Civil Veterinary Department Bihar & Orissa reports 1929-36 - 1929-1936
Year: 1929
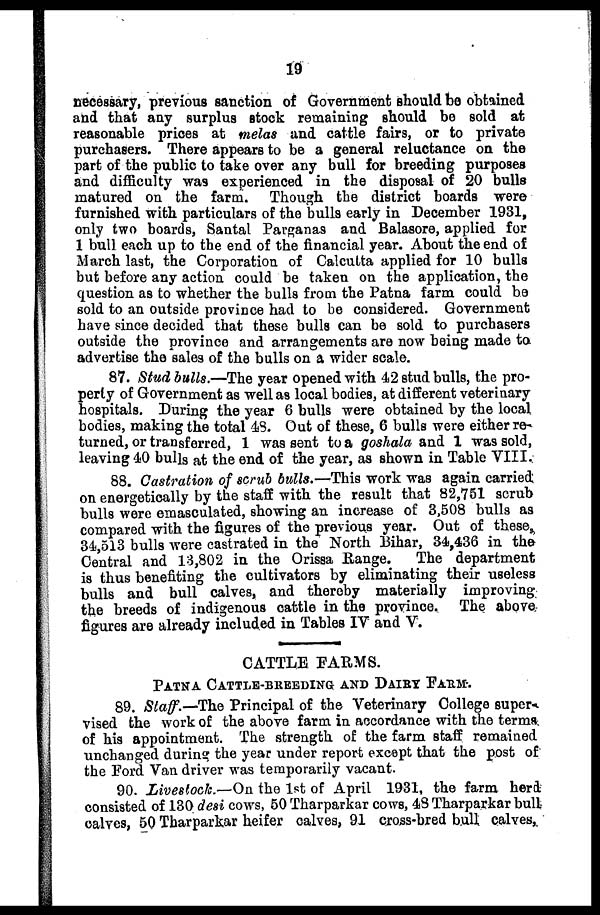
19
necessary, previous sanction of Government should be obtained
and that any surplus stock remaining should be sold at
reasonable prices at melas and cattle fairs, or to private
purchasers. There appears to be a general reluctance on the
part of the public to take over any bull for breeding purposes
and difficulty wa9 experienced in the disposal of 20 bulls
matured on the farm. Though the district boards were
furnished with particulars of the bulls early in December 1931,
only two boards, Santal Parganas and Balasore, applied for
1 bull each up to the end of the financial year. About the end of
March last, the Corporation of Calcutta applied for 10 bulls
but before any action could be taken on the application, the
question as to whether the bulla from the Patna farm could be
sold to an outside province had to be considered. Government
have since decided that these bulls can be sold to purchasers
outside the province and arrangements are now being made to
advertise the sales of the bulls on a wider scale.
87. Stud bulls.—The year opened with 42 stud bulls, the pro-
perty of Government as well as local bodies, at different veterinary
hospitals. During the year 6 bulls were obtained by the local
bodies, making the total 48. Out of these, 6 bulls were either re-
turned, or transferred, 1 was sent to a goshala and 1 was sold,
leaving 40 bulls at the end of the year, as shown in Table VIII.
88. Castration of scrub bulls.—This work was again carried
on energetically by the staff with the result that 82,751 scrub
bulls were emasculated, showing an increase of 3,508 bulls as
compared with the figures of the previous year. Out of these
34,513 bulls were castrated in the North Bihar, 34,436 in the
Central and 13,802 in the Orissa Range. The department
is thus benefiting the cultivators by eliminating their useless
bulls and bull calves, and thereby materially improving
the breeds of indigenous cattle in the province. The above
figures are already included in Tables IV and V.
CATTLE FARMS.
PATNA CATTLE-BREEDING AND DAIRY FARM.
89. Staff.—The Principal of the Veterinary College super-
vised the work of the above farm in accordance with the terms
of his appointment. The strength of the farm staff remained
unchanged during the year under report except that the post of
the Ford Van driver was temporarily vacant.
90. Livestock.—On the 1st of April 1931, the farm herd
consisted of 130 desi cows, 50 Tharparkar cows, 48 Tharparkar bull
calves, 50 Tharparkar heifer calves, 91 cross-bred bull calves,